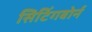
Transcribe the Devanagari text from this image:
सिटिंगबोर्न